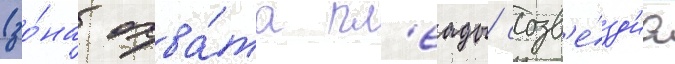
(зо́на охва́та пл'еады/ созв'е́зд'иа